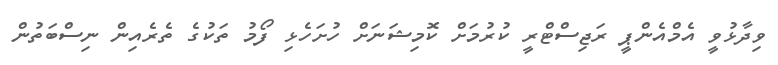
ވިދާޅުވީ އެމްއެންޕީ ރަޖިސްޓްރީ ކުރުމަށް ކޮމިޝަނަށް ހުށަހެޅި ފޯމު ތަކުގެ ތެރެއިން ނިސްބަތުން